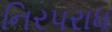
નિરપરાધ